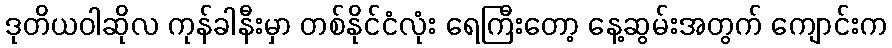
ဒုတိယဝါဆိုလ ကုန်ခါနီးမှာ တစ်နိုင်ငံလုံး ရေကြီးတော့ နေ့ဆွမ်းအတွက် ကျောင်းက